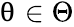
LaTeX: \uptheta\in\Theta